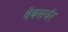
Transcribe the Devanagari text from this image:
वेबसर्चर